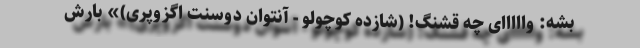
بشه: وااااای چه قشنگ! (شازده کوچولو - آنتوان دوسنت اگزوپری)» بارش